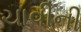
ચાવીની